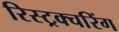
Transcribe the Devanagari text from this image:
रिस्ट्रक्चरिंग